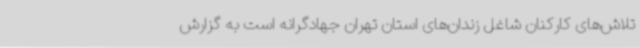
تلاش‌های کارکنان شاغل زندان‌های استان تهران جهادگرانه است به گزارش